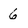
Character: 6